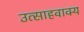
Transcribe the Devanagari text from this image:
उत्साहवाक्य